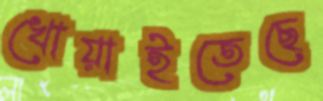
খোয়াইতেছে